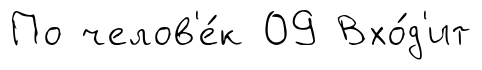
По челов'е́к 09 Вхо́д'ит